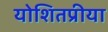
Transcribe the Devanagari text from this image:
योशितप्रीया